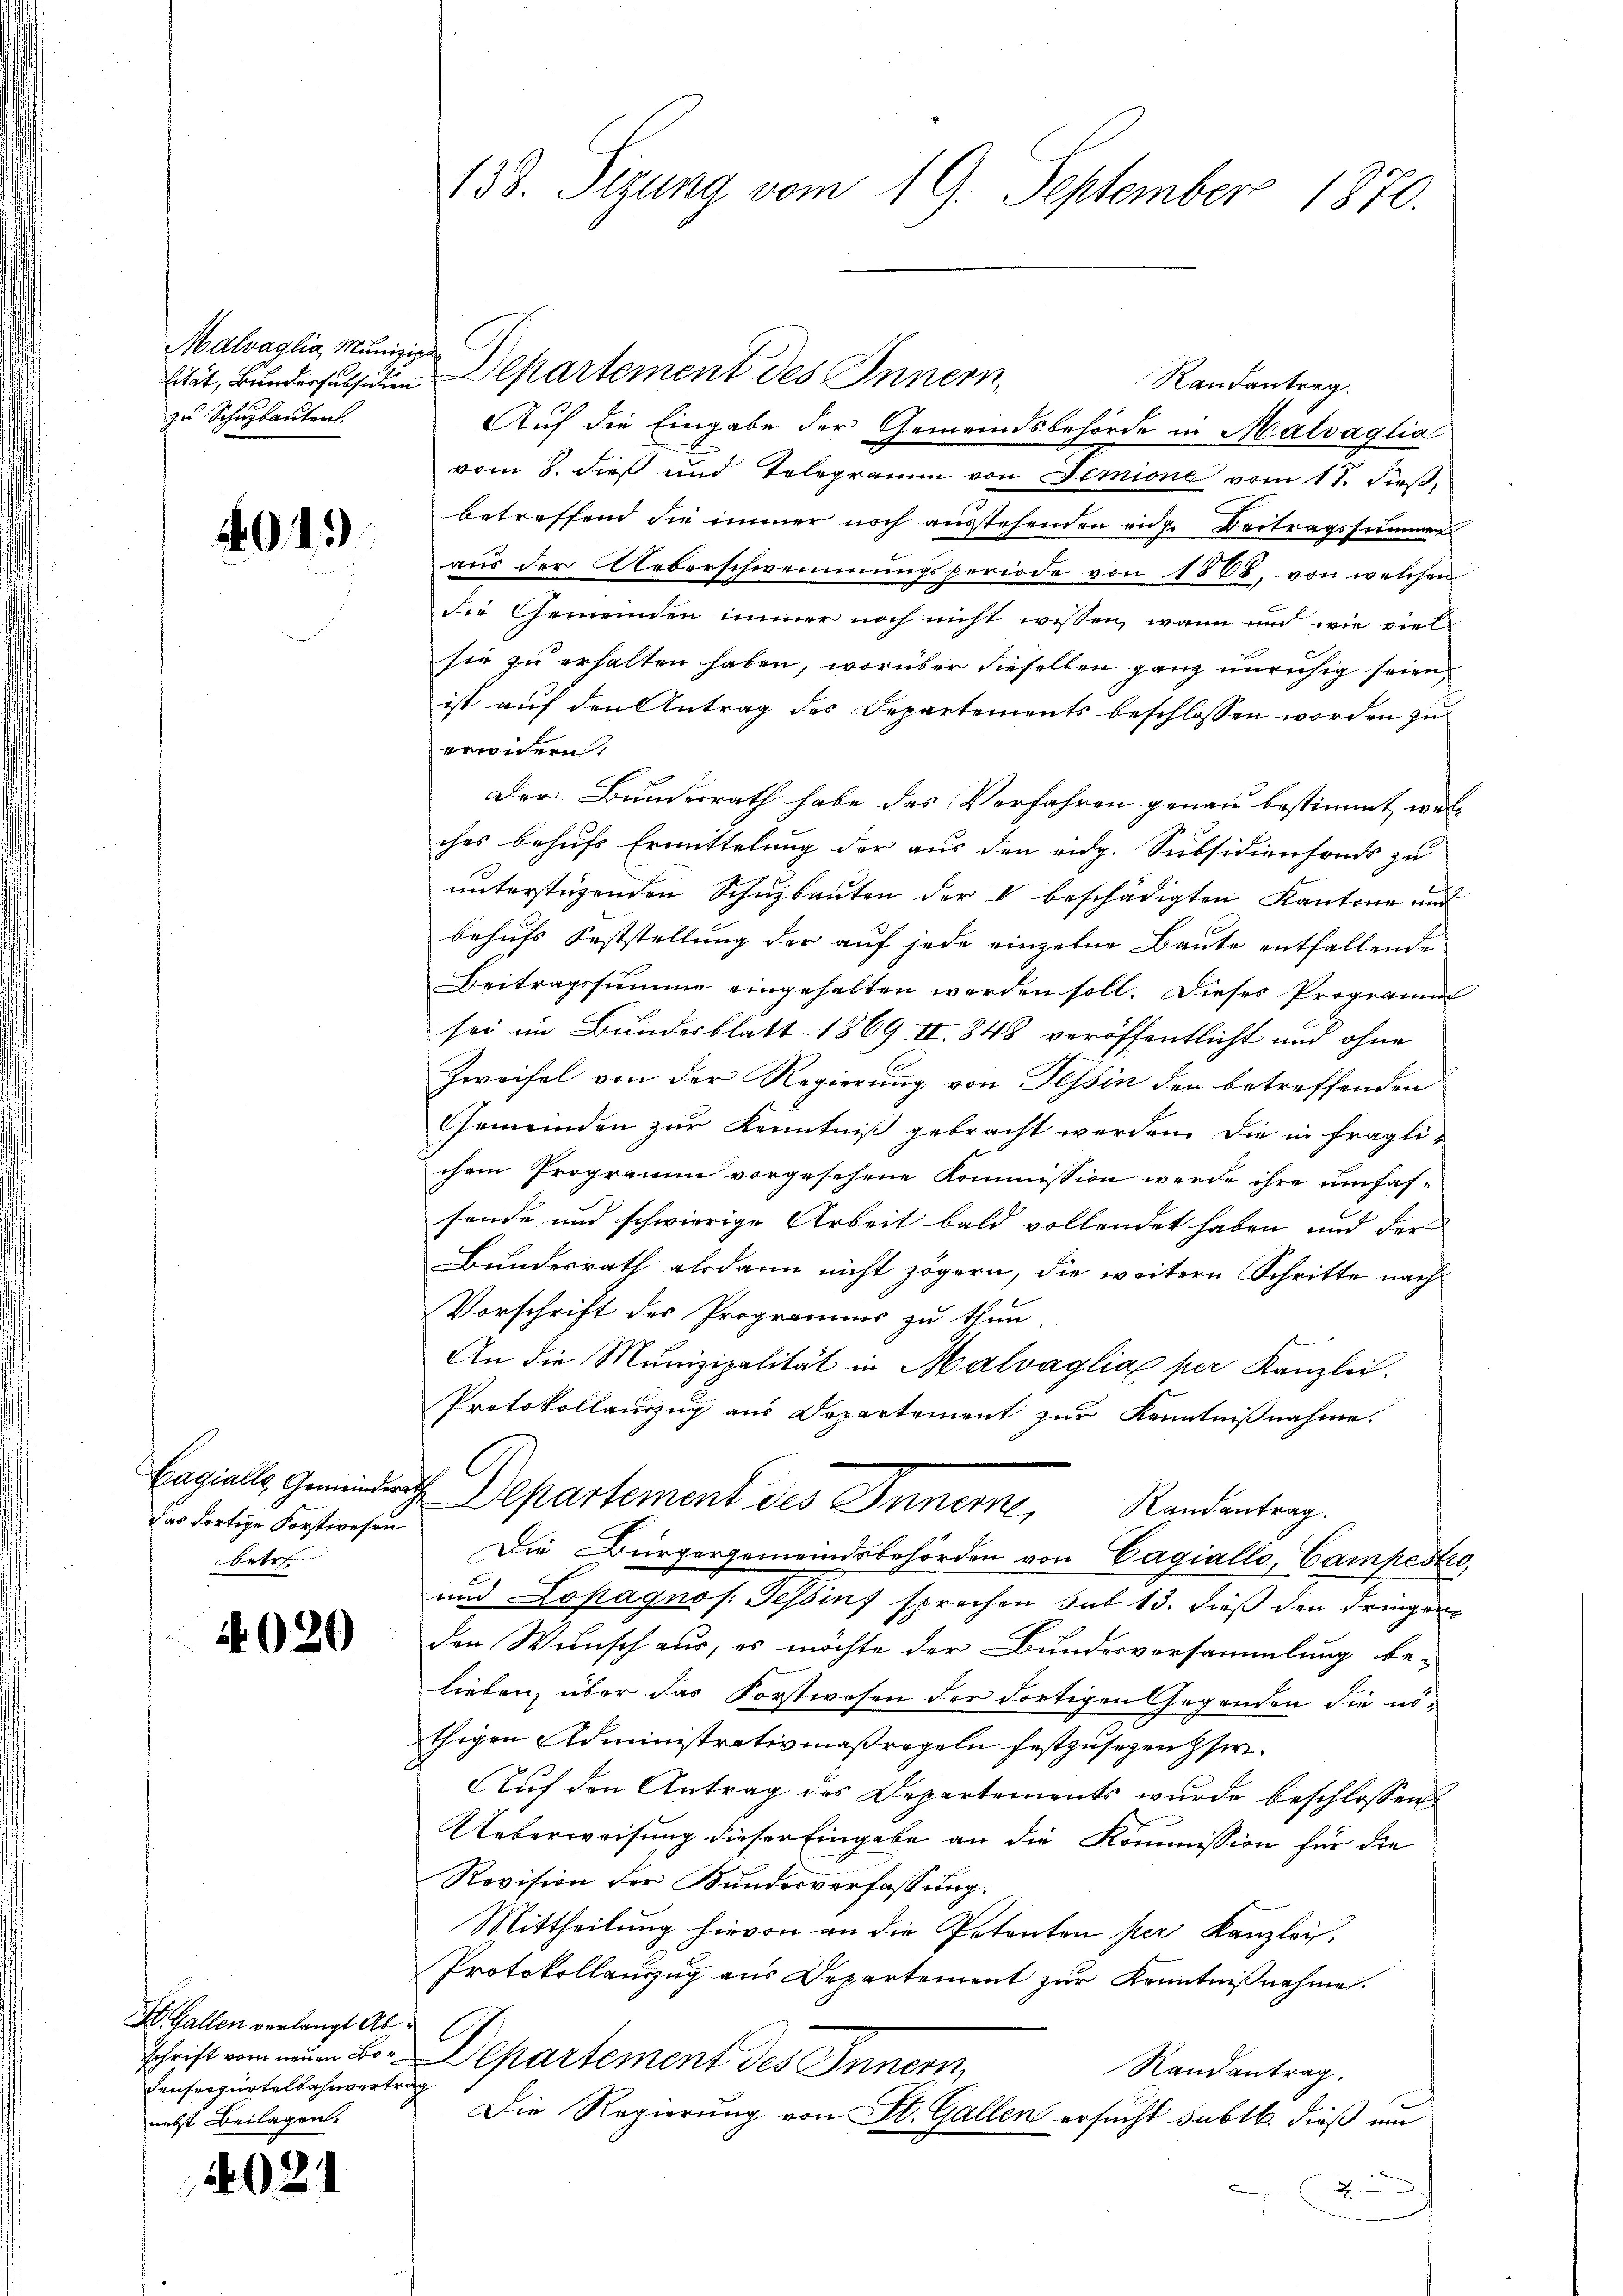
Malvaglia, Munizipa
zu Schuzbauten

4015

Bagialle, Gemeinder
Das dortige Forstwesen
betr.

4020

St. Gallen verlangt Ab
schrift vom neuen Boenseegürtelbahnvertr
nebst Beilagen.

4021

138. Sizung vom 19. September 1870.

Randantrag.
Auf die Eingabe der Gemeindsbehörde in Malsaglia
vom 8. dieß und Telegramm von Dimione vom 11. dieß,
betreffend die immer noch ausstehenden eine Beitragssummen
aus der Ueberschwemmungsperiode von 1868, von welchen
die Gemeinden immer noch nicht wissen, wann und wie viel-
sie zu erhalten haben, worüber dieselben ganz unruhig seien
ist auf den Antrag des Departements beschlossen worden zu
erwidern.
Der Bundesrath habe das Verfahren genau bestimmt, wel-
ches behufs Ermittelung der aus den eidg. Subsidienfonds zu
unterstüzenden Schulbauten der  beschädigten Kantone und
behufs Feststellung der auf jede einzelne Baute entfallende
Beitragssumme eingehalten werden soll. Dieses Programm
sei im Bundesblatt 1869 II. 848 veröffentlicht und ohne
Zweifel von der Regierung von Tessin der betreffenden
Gemeinden zur Kenntniß gebracht werden die in fragli-
chem Programm vorgesehene Kommission werde ihre umfassende und schwierige Arbeit bald vollendet haben und der
Bundesrath alsdann nicht zögern, die weitern Schritte nach
Vorschrift des Programms zu thun.
An die Munizipalität in Malvaglia per Kanzlei.
Protokollauszug aus Departement zur Kenntnißnahme.
C
i Departement des Innern, Randentrag.
Die Bürgergemeindsbehörden von Cagiallo, Campesko,
und Lopagnos. Tessin sprechen sub 13. dieß den dringen
den Wunsch aus, es möchte der Bundesversammlung be-
lieben, über das Forstwesen der dortigen Gegenden die nöthigen Administrativmaßregeln festzusehen her¬
Auf den Antrag des Departements wurde beschlossen
Ueberweisung dieser Eingabe an die Kommission für die
Revision der Bundesverfassung.
Mittheilung hievon an die Petenten per Kanzlei,
Protokollanzug aus Departement zur Kenntnißnahme.
Departement des Innern,
Randantrag.
h
Die Regierung von St. Gallen ersucht subtb. dieß um
d

lität, Bunder subsiden Departement des Innern,